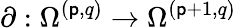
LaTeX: \partial:\Omega^{(\mathsf{p},q)}\to\Omega^{(\mathsf{p}+1,q)}